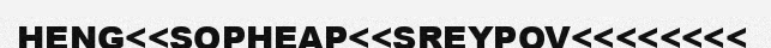
HENG<<SOPHEAP<<SREYPOV<<<<<<<<